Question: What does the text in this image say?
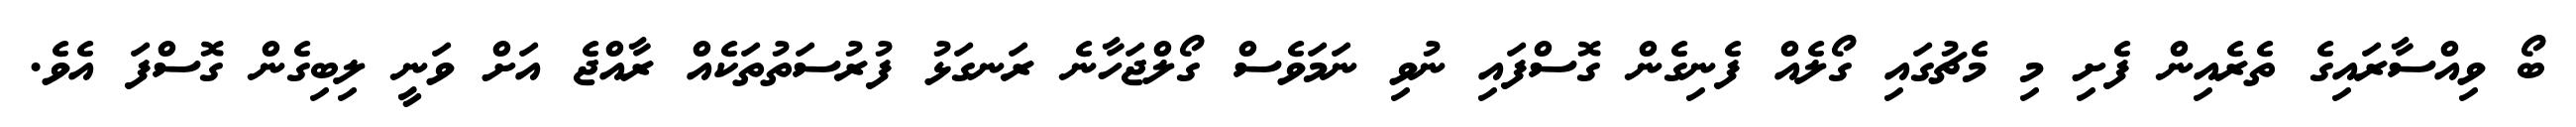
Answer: ބޯ ވިއްސާރައިގެ ތެރެއިން ފެށި މި މެޗުގައި ގޯލެއް ފެނިގެން ގޮސްފައި ނުވި ނަމަވެސް ގޯލްޖަހާނެ ރަނގަޅު ފުރުސަތުތަކެއް ރާއްޖެ އަށް ވަނީ ލިބިގެން ގޮސްފަ އެވެ.